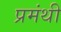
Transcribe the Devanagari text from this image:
प्रमंथी